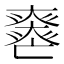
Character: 𡚏